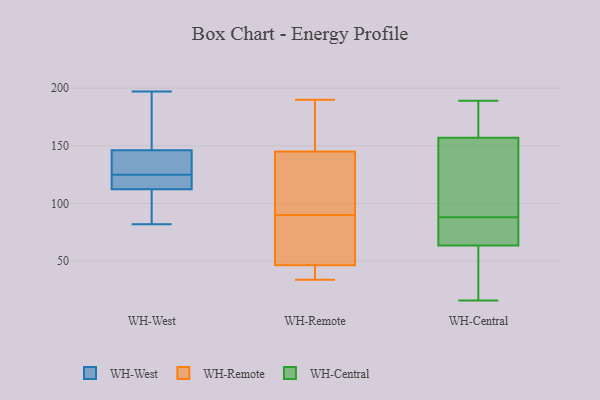
{"axis": {"x": "Bounce Rate (%)", "y": "Value"}, "legend": ["WH-Central", "WH-Remote", "WH-West"], "data": [{"x": "", "y": 89, "type": "WH-West"}, {"x": "", "y": 125, "type": "WH-West"}, {"x": "", "y": 112, "type": "WH-West"}, {"x": "", "y": 113, "type": "WH-West"}, {"x": "", "y": 82, "type": "WH-West"}, {"x": "", "y": 141, "type": "WH-West"}, {"x": "", "y": 197, "type": "WH-West"}, {"x": "", "y": 168, "type": "WH-West"}, {"x": "", "y": 126, "type": "WH-West"}, {"x": "", "y": 118, "type": "WH-West"}, {"x": "", "y": 148, "type": "WH-West"}, {"x": "", "y": 37, "type": "WH-Remote"}, {"x": "", "y": 83, "type": "WH-Remote"}, {"x": "", "y": 185, "type": "WH-Remote"}, {"x": "", "y": 100, "type": "WH-Remote"}, {"x": "", "y": 75, "type": "WH-Remote"}, {"x": "", "y": 97, "type": "WH-Remote"}, {"x": "", "y": 161, "type": "WH-Remote"}, {"x": "", "y": 34, "type": "WH-Remote"}, {"x": "", "y": 56, "type": "WH-Remote"}, {"x": "", "y": 129, "type": "WH-Remote"}, {"x": "", "y": 190, "type": "WH-Remote"}, {"x": "", "y": 36, "type": "WH-Remote"}, {"x": "", "y": 16, "type": "WH-Central"}, {"x": "", "y": 186, "type": "WH-Central"}, {"x": "", "y": 90, "type": "WH-Central"}, {"x": "", "y": 43, "type": "WH-Central"}, {"x": "", "y": 84, "type": "WH-Central"}, {"x": "", "y": 171, "type": "WH-Central"}, {"x": "", "y": 62, "type": "WH-Central"}, {"x": "", "y": 28, "type": "WH-Central"}, {"x": "", "y": 143, "type": "WH-Central"}, {"x": "", "y": 66, "type": "WH-Central"}, {"x": "", "y": 189, "type": "WH-Central"}, {"x": "", "y": 187, "type": "WH-Central"}, {"x": "", "y": 141, "type": "WH-Central"}, {"x": "", "y": 176, "type": "WH-Central"}, {"x": "", "y": 86, "type": "WH-Central"}, {"x": "", "y": 121, "type": "WH-Central"}, {"x": "", "y": 120, "type": "WH-Central"}, {"x": "", "y": 68, "type": "WH-Central"}, {"x": "", "y": 65, "type": "WH-Central"}, {"x": "", "y": 30, "type": "WH-Central"}]}